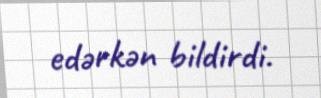
edərkən bildirdi.